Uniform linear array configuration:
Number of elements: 16
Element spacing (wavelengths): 0.5
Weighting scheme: blackman
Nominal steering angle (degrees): -60
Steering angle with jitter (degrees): -59.489
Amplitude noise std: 0.05
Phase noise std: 0.05

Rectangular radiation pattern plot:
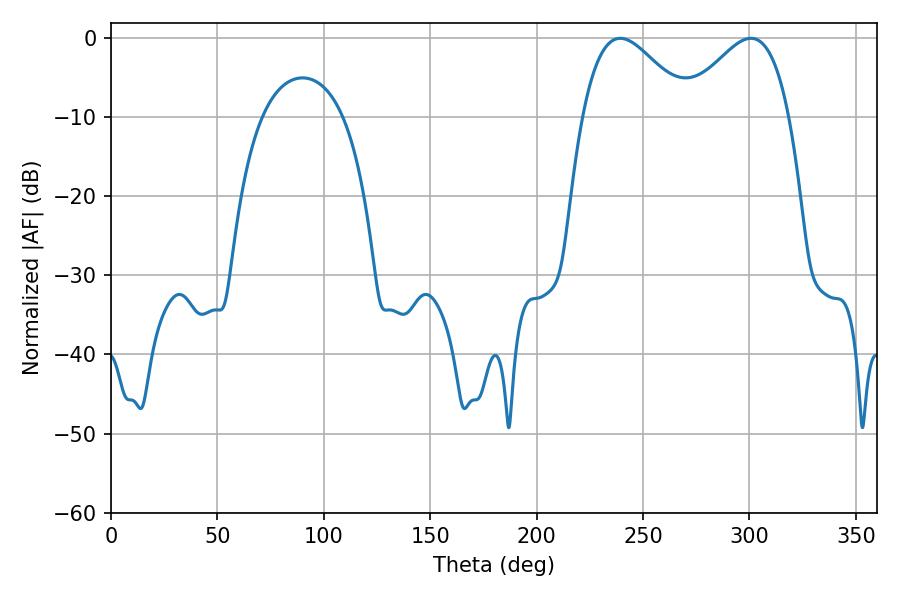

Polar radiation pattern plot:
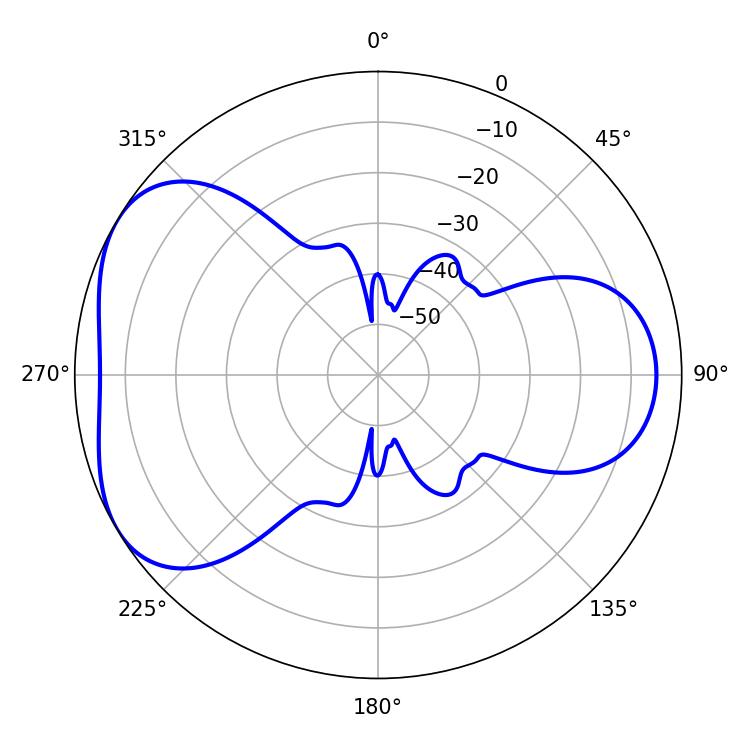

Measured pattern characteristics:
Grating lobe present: FALSE
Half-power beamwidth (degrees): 27.18
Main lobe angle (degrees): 239.22